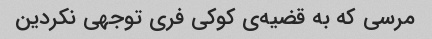
مرسی که به قضیه‌ی کوکی فری توجهی نکردین